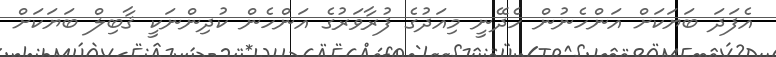
އެފަދަ ބަޔަކަށް އަންހެނުން ހެދޭނީ މިއަދުގެ ފުރާވަރުގެ އަންހެން ކުދިންނަކީ ޤާބިލް ބަޔަކަށް